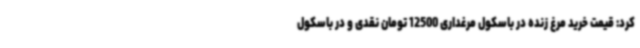
کرد: قیمت خرید مرغ زنده در باسکول مرغداری 12500 تومان نقدی و در باسکول